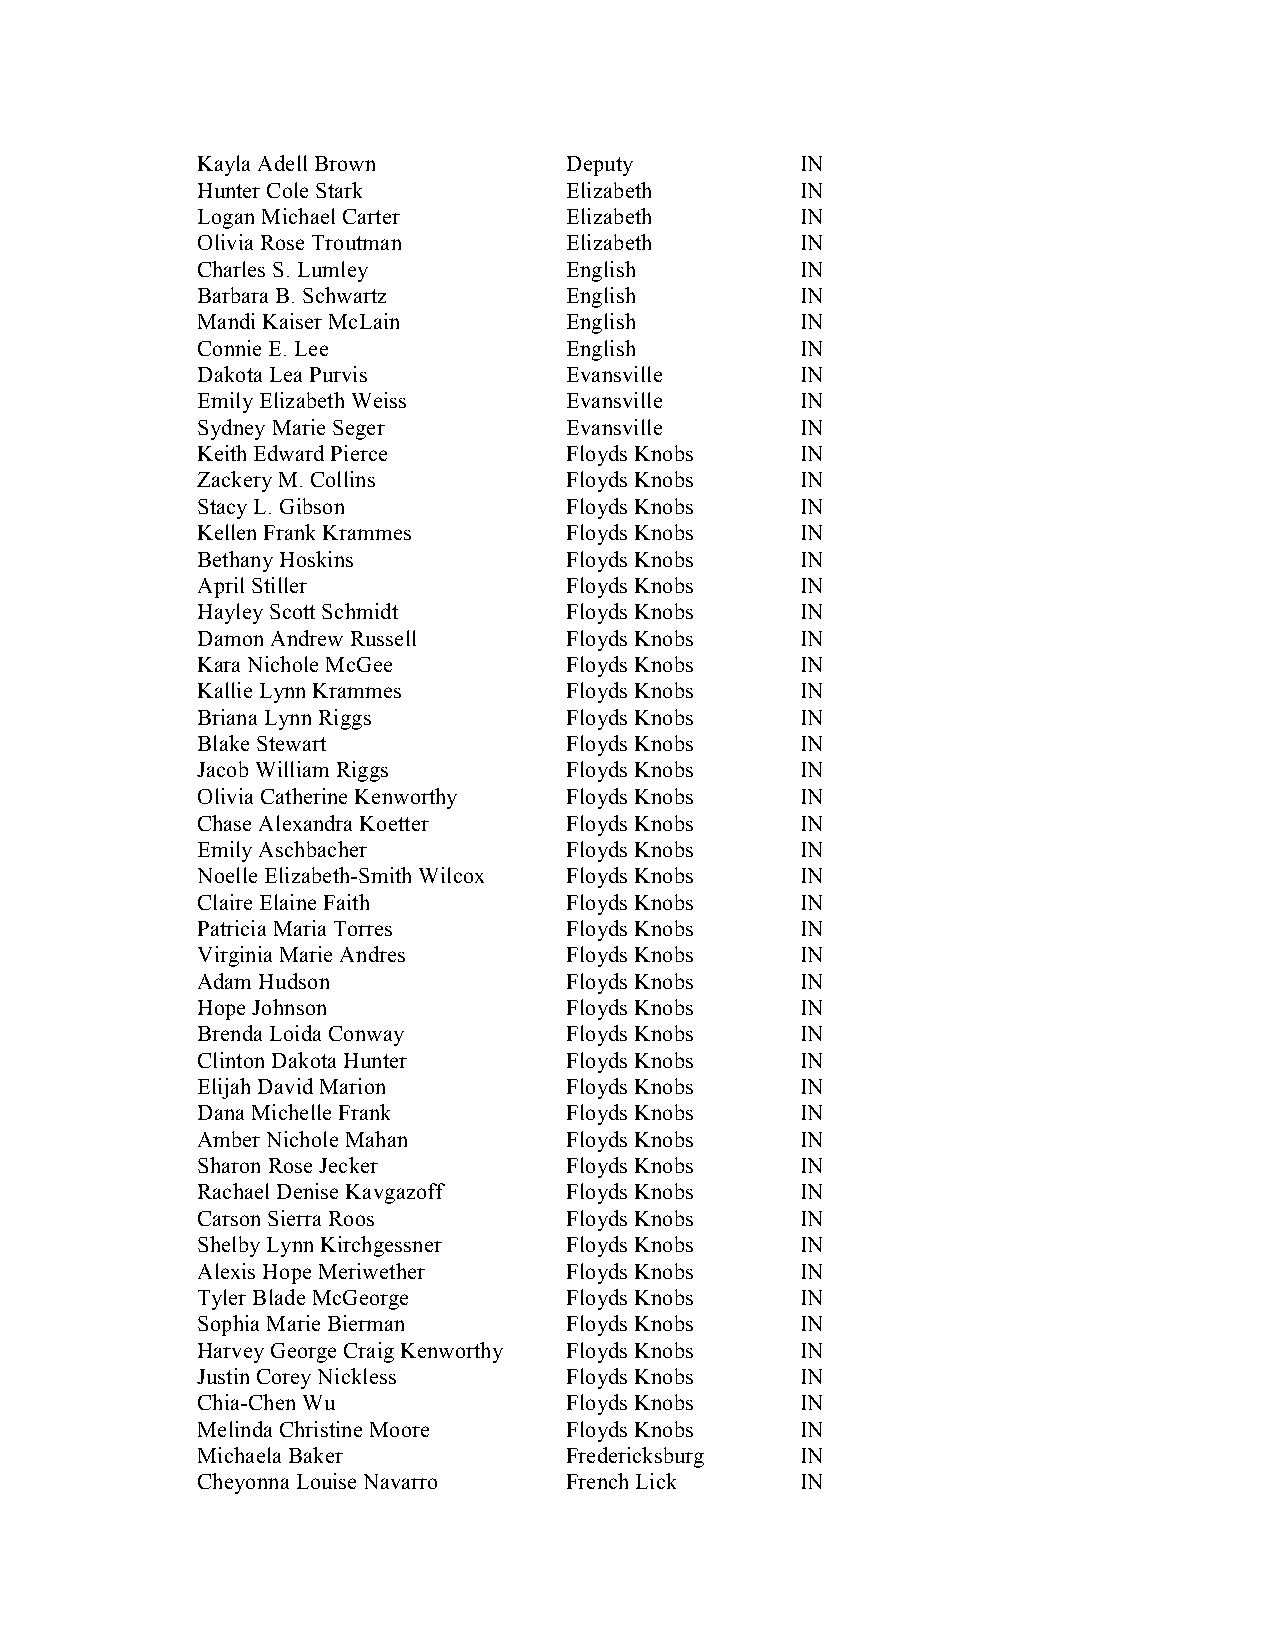
Kayla Adell Brown       Deputy          IN
 Hunter Cole Stark       Elizabeth       IN
 Logan Michael Carter    Elizabeth       IN
 Olivia Rose Troutman    Elizabeth       IN
 Charles S. Lumley       English         IN
 Barbara B. Schwartz     English         IN
 Mandi Kaiser McLain     English         IN
 Connie E. Lee           English         IN
 Dakota Lea Purvis       Evansville      IN
 Emily Elizabeth Weiss   Evansville      IN
 Sydney Marie Seger      Evansville      IN
 Keith Edward Pierce     Floyds Knobs    IN
 Zackery M. Collins      Floyds Knobs    IN
 Stacy L. Gibson         Floyds Knobs    IN
 Kellen Frank Krammes    Floyds Knobs    IN
 Bethany Hoskins         Floyds Knobs    IN
 April Stiller           Floyds Knobs    IN
 Hayley Scott Schmidt    Floyds Knobs    IN
 Damon Andrew Russell    Floyds Knobs    IN
 Kara Nichole McGee      Floyds Knobs    IN
 Kallie Lynn Krammes     Floyds Knobs    IN
 Briana Lynn Riggs       Floyds Knobs    IN
 Blake Stewart           Floyds Knobs    IN
 Jacob William Riggs     Floyds Knobs    IN
 Olivia Catherine Kenworthy Floyds Knobs IN
 Chase Alexandra Koetter Floyds Knobs    IN
 Emily Aschbacher        Floyds Knobs    IN
 Noelle Elizabeth-Smith Wilcox Floyds Knobs IN
 Claire Elaine Faith     Floyds Knobs    IN
 Patricia Maria Torres   Floyds Knobs    IN
 Virginia Marie Andres   Floyds Knobs    IN
 Adam Hudson             Floyds Knobs    IN
 Hope Johnson            Floyds Knobs    IN
 Brenda Loida Conway     Floyds Knobs    IN
 Clinton Dakota Hunter   Floyds Knobs    IN
 Elijah David Marion     Floyds Knobs    IN
 Dana Michelle Frank     Floyds Knobs    IN
 Amber Nichole Mahan     Floyds Knobs    IN
 Sharon Rose Jecker      Floyds Knobs    IN
 Rachael Denise Kavgazoff Floyds Knobs   IN
 Carson Sierra Roos      Floyds Knobs    IN
 Shelby Lynn Kirchgessner Floyds Knobs   IN
 Alexis Hope Meriwether  Floyds Knobs    IN
 Tyler Blade McGeorge    Floyds Knobs    IN
 Sophia Marie Bierman    Floyds Knobs    IN
 Harvey George Craig Kenworthy Floyds Knobs IN
 Justin Corey Nickless   Floyds Knobs    IN
 Chia-Chen Wu            Floyds Knobs    IN
 Melinda Christine Moore Floyds Knobs    IN
 Michaela Baker          Fredericksburg  IN
 Cheyonna Louise Navarro French Lick     IN